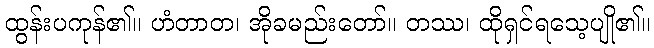
ထွန်းပကုန်၏။ ဟံတာတ၊ အိုခမည်းတော်။ တဿ၊ ထိုရှင်ရသေ့ပျို၏။